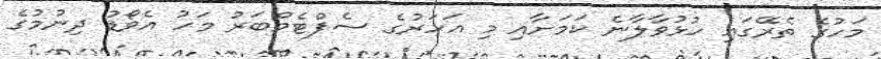
މަހުގެ ތެރޭގައި ހުޅުވާލާނެ ކަމަށާއި މި އަހަރުގެ ސެޕްޓެމްބަރު މަހު އެވޯޑު ދިނުމުގެ